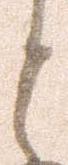
と